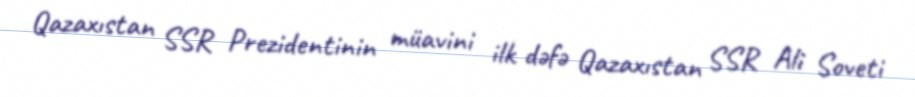
Qazaxıstan SSR Prezidentinin müavini ilk dəfə Qazaxıstan SSR Ali Soveti